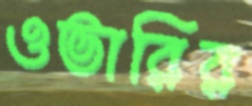
ওভারির